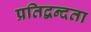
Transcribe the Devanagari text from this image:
प्रतिद्वन्दता